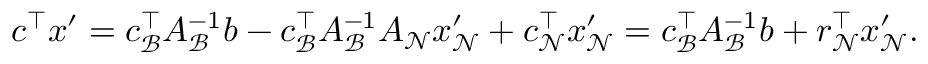
\begin{array} { r } { { c } ^ { \top } { x } ^ { \prime } = { c } _ { \mathcal { B } } ^ { \top } { A } _ { \mathcal { B } } ^ { - 1 } { b } - { c } _ { \mathcal { B } } ^ { \top } { A } _ { \mathcal { B } } ^ { - 1 } { A } _ { \mathcal { N } } { x } _ { \mathcal { N } } ^ { \prime } + { c } _ { \mathcal { N } } ^ { \top } { x } _ { \mathcal { N } } ^ { \prime } = { c } _ { \mathcal { B } } ^ { \top } { A } _ { \mathcal { B } } ^ { - 1 } { b } + { r } _ { \mathcal { N } } ^ { \top } { x } _ { \mathcal { N } } ^ { \prime } . } \end{array}